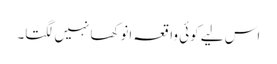
اس لیے کوئی واقعہ انوکھا نہیں لگتا۔